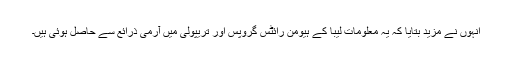
انہوں نے مزید بتایا کہ یہ معلومات لیبا کے ہیومن رائٹس گروپس اور تریپولی میں آرمی ذرائع سے حاصل ہوئی ہیں۔